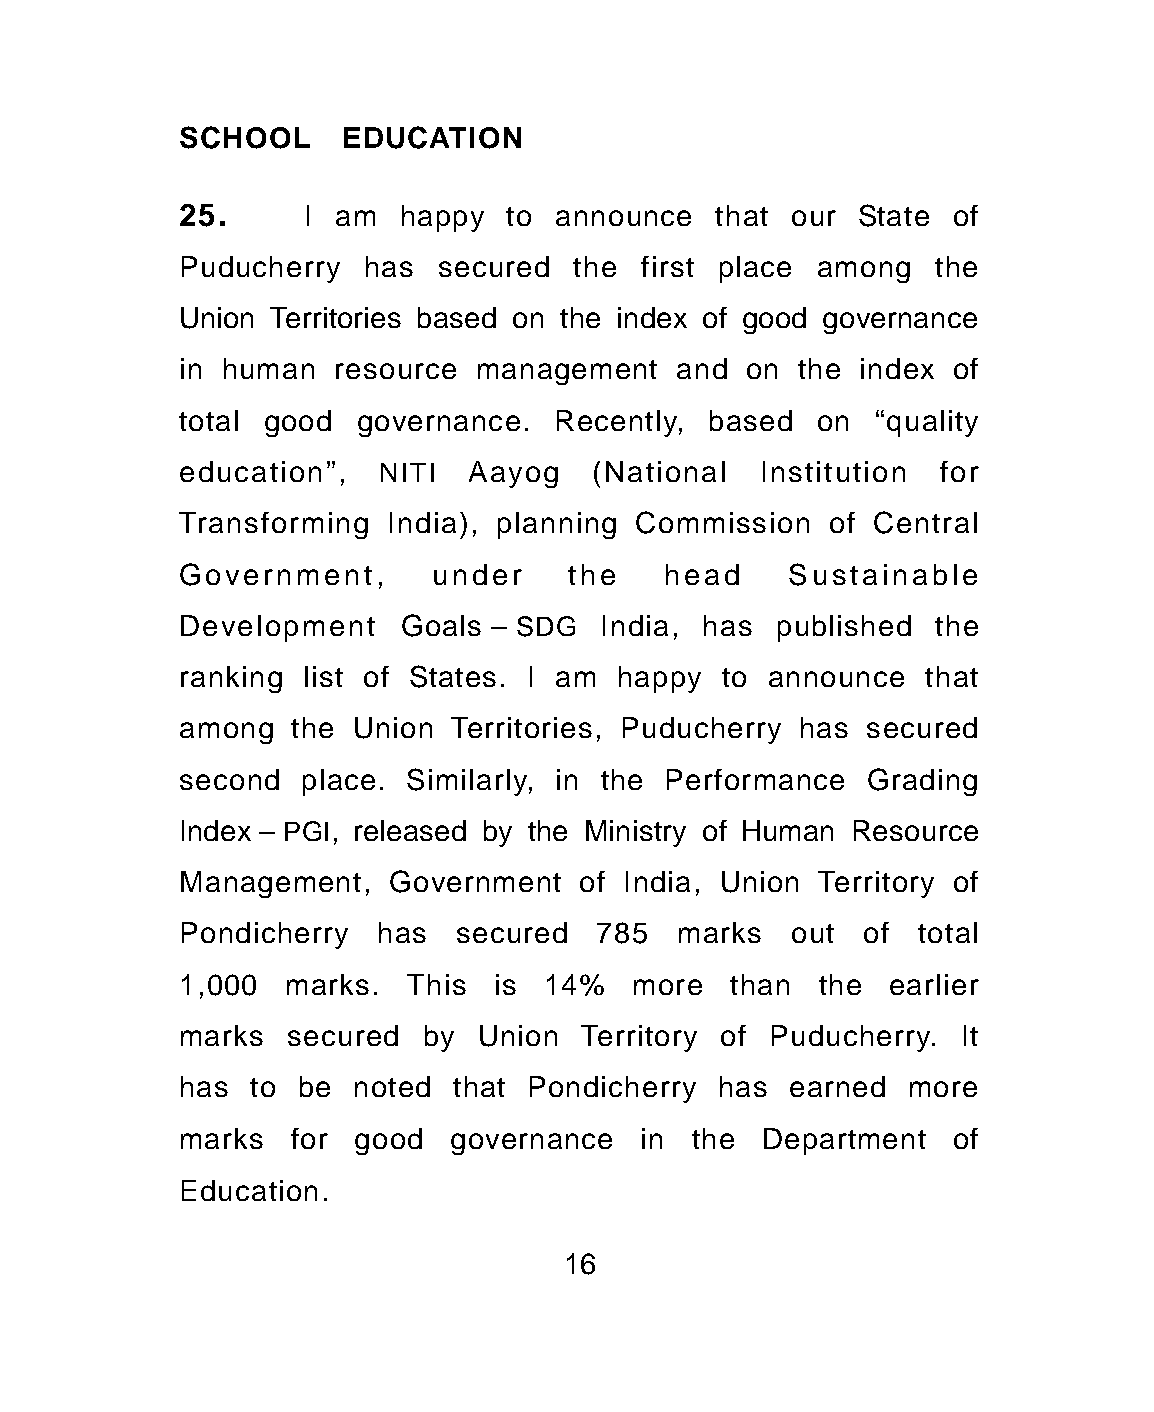
SCHOOL    EDUCATION
 25.     I am  happy  to  announce  that our  State of
 Puducherry  has  secured  the first place among   the
 Union Territories based on the index of good governance
 in human  resource management    and on  the index of
 total good governance.   Recently, based  on  “quality
 education”,  NITI  Aayog   (National  Institution for
 Transforming India), planning Commission   of Central
 Government,     under     the   head    Sustainable
 Development   Goals – SDG   India, has published  the
 ranking list of States. I am happy  to announce  that
 among  the Union  Territories, Puducherry has secured
 second  place. Similarly, in the Performance Grading
 Index – PGI, released by the Ministry of Human Resource
 Management,   Government  of India, Union Territory of
 Pondicherry  has  secured  785   marks  out  of  total
 1,000  marks.  This  is 14%   more  than  the  earlier
 marks  secured  by Union  Territory of Puducherry. It
 has to  be noted  that Pondicherry has  earned  more
 marks  for good   governance  in  the Department   of
 Education.
 16